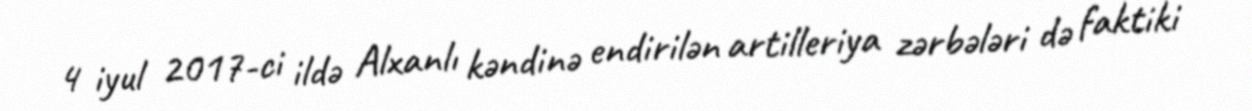
4 iyul 2017-ci ildə Alxanlı kəndinə endirilən artilleriya zərbələri də faktiki